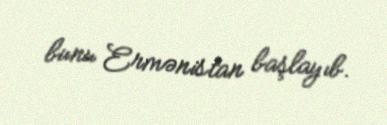
bunu Ermənistan başlayıb.